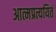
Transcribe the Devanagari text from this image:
आत्मप्रत्ययितं